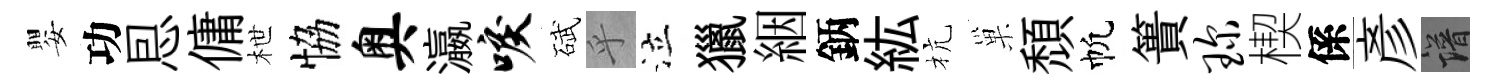
嬰功㤙傭枻恊奥瀛唳碔乎泣獵絪鈵紘杭巢頹帆簣琛楔係彥譜